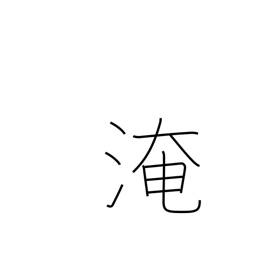
Meaning: immerse